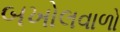
બખોલવાળો